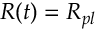
R ( t ) = R _ { p l }